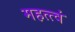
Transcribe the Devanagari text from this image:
महत्त्वं